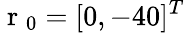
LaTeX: \mathrm{~r~}_{0}=[0,-40]^{T}